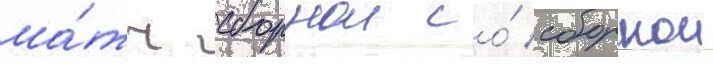
ма́тч сборнои со́ сборнои